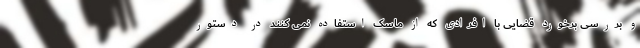
و بررسی برخورد قضایی با افرادی که از ماسک استفاده نمی کنند در دستور